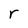
Character: r